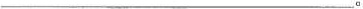
___。